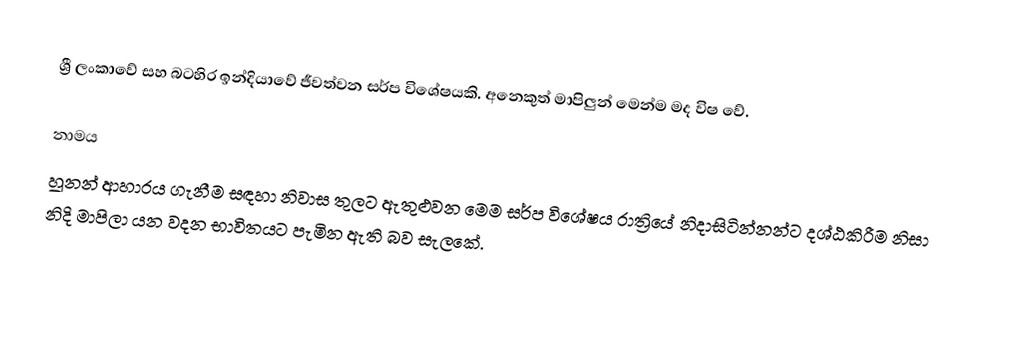
ශ්‍රී ලංකාවේ සහ බටහිර ඉන්දියාවේ ජීවත්වන සර්ප විශේෂයකි. අනෙකුත් මාපිලුන් මෙන්ම මද විෂ වේ.

නාමය
හූනන් ආහාරය ගැනීම සඳහා නිවාස තුලට ඇතුළුවන මෙම සර්ප විශේෂය රාත්‍රියේ නිදාසිටින්නන්ට දශ්ඨකිරීම නිසා නිදි මාපිලා යන වදන භාවිතයට පැමින ඇති බව සැලකේ.